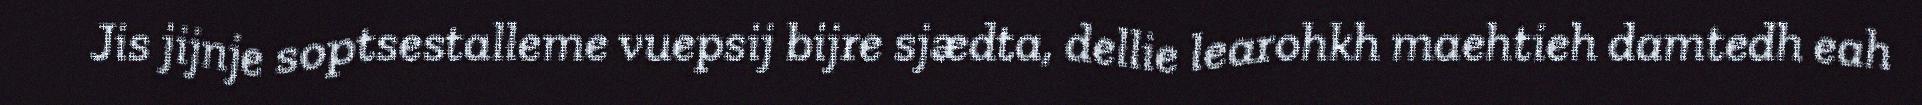
Jis jijnje soptsestalleme vuepsij bijre sjædta, dellie learohkh maehtieh damtedh eah